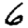
Digit: 6